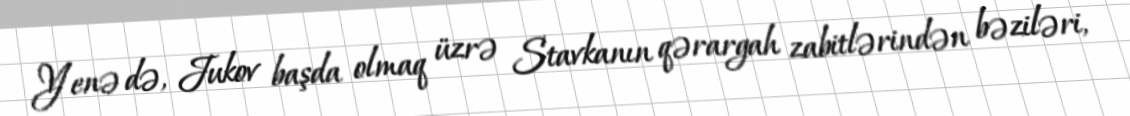
Yenə də, Jukov başda olmaq üzrə Stavkanın qərargah zabitlərindən bəziləri,